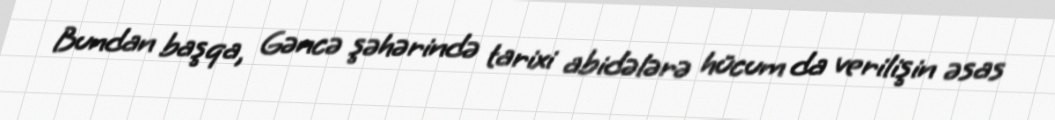
Bundan başqa, Gəncə şəhərində tarixi abidələrə hücum da verilişin əsas